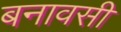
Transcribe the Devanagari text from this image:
बनावसी